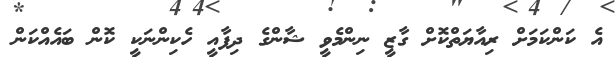
އެ ކަންކަމަށް ރިއާޔަތްކޮށް ގާޒީ ނިންމެވީ ޝާންގެ ދިފާއީ ހެކިންނަކީ ކޮން ބައެއްކަން